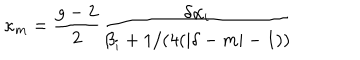
\kappa _ { m } = { \frac { g - 2 } { 2 } } { \frac { \delta \alpha _ { i } } { \beta _ { i } + 1 / ( 4 ( | \delta - m | - 1 ) ) } }